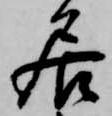
居